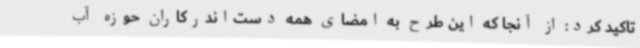
تاکید کرد: از آنجا که این طرح به امضای همه دست‌اندرکاران حوزه آب